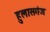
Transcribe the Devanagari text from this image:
हुलासगंज